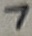
Text: 7